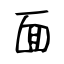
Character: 面